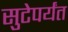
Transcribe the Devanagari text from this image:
सुटेपर्यंत